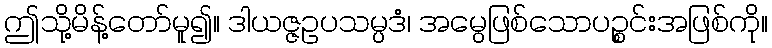
ဤသို့မိန့်တော်မူ၍။ ဒါယဇ္ဇဥပသမ္ပဒံ၊ အမွေဖြစ်သောပဉ္စင်းအဖြစ်ကို။